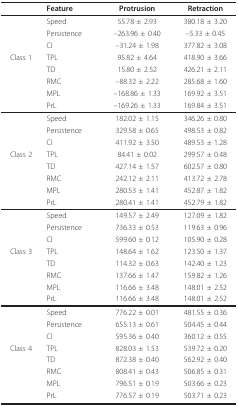
<table><thead><tr><td></td><td><b>Feature</b></td><td><b>Protrusion</b></td><td><b>Retraction</b></td></tr></thead><tbody><tr><td></td><td>Speed</td><td>55.78 ± 2.93</td><td>380.18 ± 3.20</td></tr><tr><td></td><td>Persistence</td><td>–263.96 ± 0.40</td><td>–5.33 ± 0.45</td></tr><tr><td></td><td>CI</td><td>–31.24 ± 1.98</td><td>377.82 ± 3.08</td></tr><tr><td>Class 1</td><td>TPL</td><td>95.82 ± 4.64</td><td>418.90 ± 3.66</td></tr><tr><td></td><td>TD</td><td>15.80 ± 2.52</td><td>426.21 ± 2.11</td></tr><tr><td></td><td>RMC</td><td>–88.32 ± 2.22</td><td>285.68 ± 1.60</td></tr><tr><td></td><td>MPL</td><td>–168.86 ± 1.33</td><td>169.92 ± 3.51</td></tr><tr><td></td><td>PrL</td><td>–169.26 ± 1.33</td><td>169.84 ± 3.51</td></tr><tr><td></td><td>Speed</td><td>182.02 ± 1.15</td><td>346.26 ± 0.80</td></tr><tr><td></td><td>Persistence</td><td>329.58 ± 0.65</td><td>498.53 ± 0.82</td></tr><tr><td></td><td>CI</td><td>411.92 ± 3.50</td><td>489.53 ± 1.28</td></tr><tr><td>Class 2</td><td>TPL</td><td>84.41 ± 0.02</td><td>299.57 ± 0.48</td></tr><tr><td></td><td>TD</td><td>427.14 ± 1.57</td><td>602.57 ± 0.80</td></tr><tr><td></td><td>RMC</td><td>242.12 ± 2.11</td><td>413.72 ± 2.78</td></tr><tr><td></td><td>MPL</td><td>280.53 ± 1.41</td><td>452.87 ± 1.82</td></tr><tr><td></td><td>PrL</td><td>280.41 ± 1.41</td><td>452.79 ± 1.82</td></tr><tr><td></td><td>Speed</td><td>149.57 ± 2.49</td><td>127.09 ± 1.82</td></tr><tr><td></td><td>Persistence</td><td>736.33 ± 0.53</td><td>119.63 ± 0.96</td></tr><tr><td></td><td>CI</td><td>599.60 ± 0.12</td><td>105.90 ± 0.28</td></tr><tr><td>Class 3</td><td>TPL</td><td>148.64 ± 1.62</td><td>123.50 ± 1.37</td></tr><tr><td></td><td>TD</td><td>114.32 ± 0.63</td><td>142.40 ± 1.23</td></tr><tr><td></td><td>RMC</td><td>137.66 ± 1.47</td><td>159.82 ± 1.26</td></tr><tr><td></td><td>MPL</td><td>116.66 ± 3.48</td><td>148.01 ± 2.52</td></tr><tr><td></td><td>PrL</td><td>116.66 ± 3.48</td><td>148.01 ± 2.52</td></tr><tr><td></td><td>Speed</td><td>776.22 ± 0.01</td><td>481.55 ± 0.36</td></tr><tr><td></td><td>Persistence</td><td>655.13 ± 0.61</td><td>504.45 ± 0.44</td></tr><tr><td></td><td>CI</td><td>595.36 ± 0.40</td><td>360.12 ± 0.55</td></tr><tr><td>Class 4</td><td>TPL</td><td>828.03 ± 1.53</td><td>539.72 ± 0.20</td></tr><tr><td></td><td>TD</td><td>872.38 ± 0.40</td><td>562.92 ± 0.40</td></tr><tr><td></td><td>RMC</td><td>808.41 ± 0.43</td><td>506.85 ± 0.31</td></tr><tr><td></td><td>MPL</td><td>796.51 ± 0.19</td><td>503.66 ± 0.23</td></tr><tr><td></td><td>PrL</td><td>776.57 ± 0.19</td><td>503.71 ± 0.23</td></tr></tbody></table>